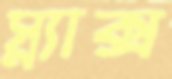
স্ন্যাক্স